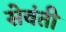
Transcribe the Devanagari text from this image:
सेवंती